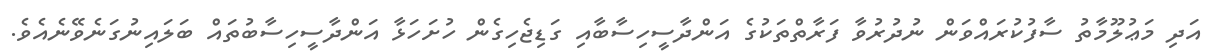
އަދި މަޢުލޫމާތު ސާފުކުރައްވަން ނުދުރުވާ ފަރާތްތަކުގެ އަންދާސީހިސާބާއި ގަޑިޖެހިގެން ހުށަހަޅާ އަންދާސީހިސާބުތައް ބަލައިނުގަނެވޭނެއެވެ.